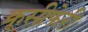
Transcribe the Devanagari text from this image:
क्रूसीफेरी